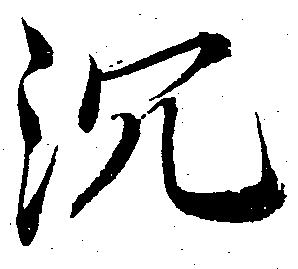
沉